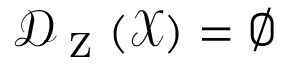
\mathcal { D } _ { \textrm { Z } } ( \mathcal { X } ) = \emptyset